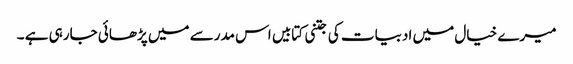
میرے خیال میں ادبیات کی جتنی کتابیں اس مدرسے میں پڑھائی جارہی ہے ۔